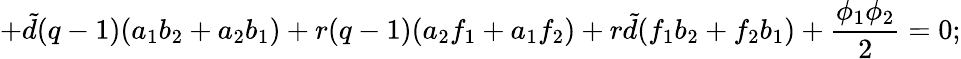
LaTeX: +{\tilde{d}}(q-1)(a_{1}b_{2}+a_{2}b_{1})+r(q-1)(a_{2}f_{1}+a_{1}f_{2})+r{\tilde{d}}(f_{1}b_{2}+f_{2}b_{1})+\frac{\phi_{1}\phi_{2}}{2}=0;